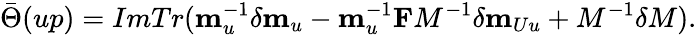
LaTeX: \bar{\Theta}(up)=ImTr({\mathbf m}_{u}^{-1}\delta{\mathbf m}_{u}-{\mathbf m}_{u}^{-1}{\mathbf F}M^{-1}\delta{\mathbf m}_{Uu}+M^{-1}\delta M).